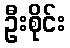
ဦးစိုင်း